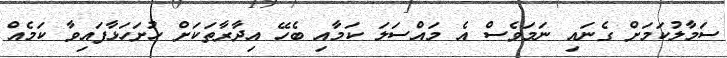
ސަމާލުކަމަށް ގެނައި ނަމަވެސް އެ މައްސަލަ ކަމާއި ބެހޭ އިދާރާތަކަށް ހުށަހަޅާފައިވާ ކަމެއް